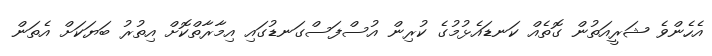
އެހެންވެ ޝަރީއަތުން ގޮތެއް ކަނޑައެޅުމުގެ ކުރިން އުސްފަސްގަނޑުގައި އިމާރާތްކޮށް އިތުރު ބަޔަކަށް އެތަން